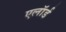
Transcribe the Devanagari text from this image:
एलॉर्ड